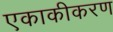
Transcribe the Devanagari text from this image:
एकाकीकरण